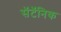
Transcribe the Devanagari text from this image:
सॅटॅनिक